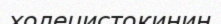
холецистокинин